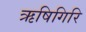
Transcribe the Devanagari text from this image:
ऋषिगिरि